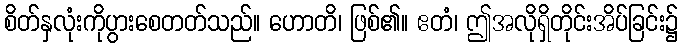
စိတ်နှလုံးကိုပွားစေတတ်သည်။ ဟောတိ၊ ဖြစ်၏။ ဧတံ၊ ဤအလိုရှိတိုင်းအိပ်ခြင်း၌